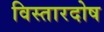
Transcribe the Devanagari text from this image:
विस्तारदोष